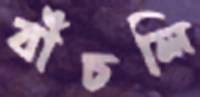
বাঁচলি